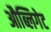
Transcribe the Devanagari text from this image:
औब्लिगेट